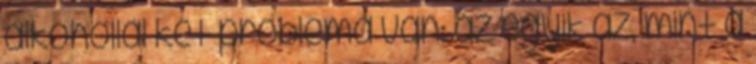
alkohollal két probléma van: az egyik az, mint a